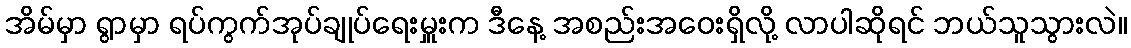
အိမ်မှာ ရွာမှာ ရပ်ကွက်အုပ်ချုပ်ရေးမှူးက ဒီနေ့ အစည်းအဝေးရှိလို့ လာပါဆိုရင် ဘယ်သူသွားလဲ။